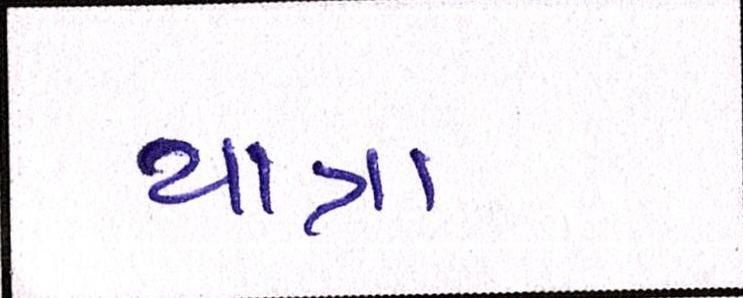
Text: યાત્રા